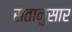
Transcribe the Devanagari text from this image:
सतानुसार